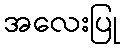
အလေးပြု